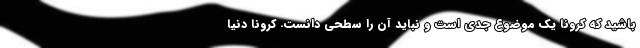
باشید که کرونا یک موضوع جدی است و نباید آن را سطحی دانست. کرونا دنیا